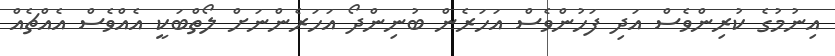
އިނުމުގެ ކުރިންވެސް އަދި ފަހުންވެސް އަހަރެން ބުނިންދޯ އަހަރެންނަށް ލޯތްބަކީ އެއްވެސް އެއްޗެއް